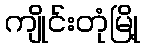
ကျိုင်းတုံမြို့